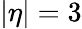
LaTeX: |\eta|=3